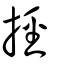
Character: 挳